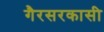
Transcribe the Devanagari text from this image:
गैरसरकासी